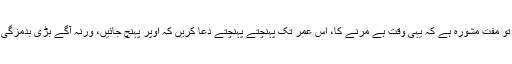
میرا تو مفت مشورہ ہے کہ یہی وقت ہے مرنے کا، اس عمر تک پہنچتے پہنچتے دعا کریں کہ اوپر پہنچ جائیں، ورنہ آگے بڑی بدمزگی ہے!